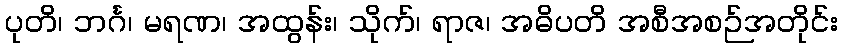
ပုတိ၊ ဘင်္ဂ၊ မရဏ၊ အထွန်း၊ သိုက်၊ ရာဇ၊ အဓိပတိ အစီအစဉ်အတိုင်း